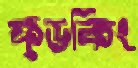
ফুডকিং